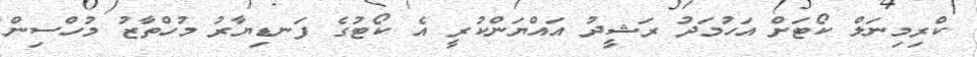
ކްރިމިނަލް ކޯޓަށް އަހުމަދު ރަޝީދު އައްޔަންކުރީ އެ ކޯޓުގެ ފަނޑިޔާރު މުހްތާޒު މުހްސިން